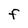
Character: F